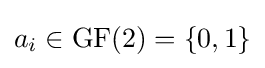
a_{i}\in \mathrm {GF} (2)=\{0,1\}